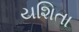
યશિતા